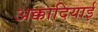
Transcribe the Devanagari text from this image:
अक्कादियाई